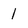
Character: 1